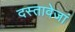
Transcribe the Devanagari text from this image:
दस्तावेजां